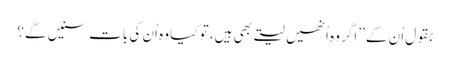
بقول اُن کے ’’اگر وہ اُنھیں لیتے بھی ہیں، تو کیا وہ اُن کی بات سنیں گے؟